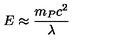
E \approx \frac { m _ { P } c ^ { 2 } } { \lambda }